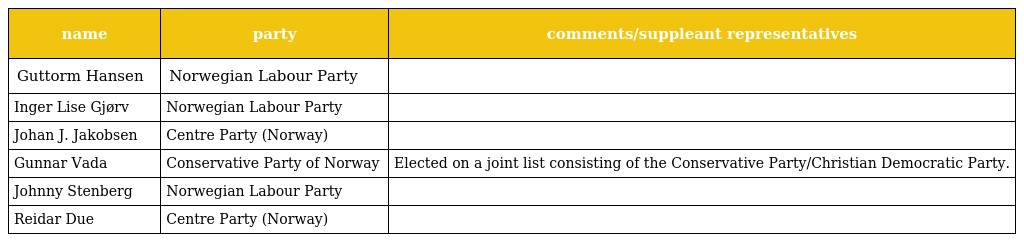
| name | party | comments/suppleant representatives |
 | --- | --- | --- |
 | Guttorm Hansen | Norwegian Labour Party |  |
 | Inger Lise Gjørv | Norwegian Labour Party |  |
 | Johan J. Jakobsen | Centre Party (Norway) |  |
 | Gunnar Vada | Conservative Party of Norway | Elected on a joint list consisting of the Conservative Party/Christian Democratic Party. |
 | Johnny Stenberg | Norwegian Labour Party |  |
 | Reidar Due | Centre Party (Norway) |  |